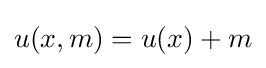
u(x,m)=u(x)+m